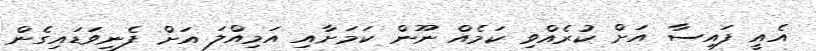
އެއީ ފައިސާ އަށް ކުރެއްވި ކަމެއް ނޫން ކަމަށާއި އަމިއްލަ އަށް ފެނިވަޑައިގެން